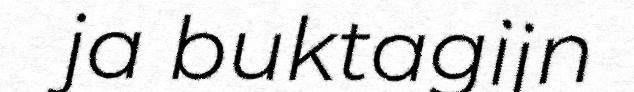
ja buktagijn